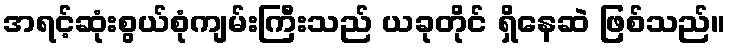
အရင့်ဆုံးစွယ်စုံကျမ်းကြီးသည် ယခုတိုင် ရှိနေဆဲ ဖြစ်သည်။